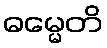
ဓမ္မေတိ